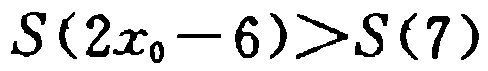
\(S(2x_{0}-6)>S(7)\)